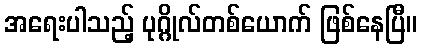
အရေးပါသည့် ပုဂ္ဂိုလ်တစ်ယောက် ဖြစ်နေပြီ။